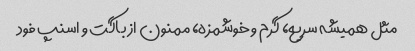
مثل همیشه سریع، گرم و خوشمزه، ممنون از باگت و اسنپ فود